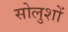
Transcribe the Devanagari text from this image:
सोलुशों